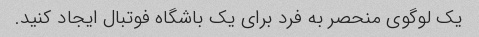
یک لوگوی منحصر به فرد برای یک باشگاه فوتبال ایجاد کنید.